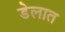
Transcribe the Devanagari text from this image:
डेलात